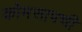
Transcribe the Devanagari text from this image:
कोमसापची